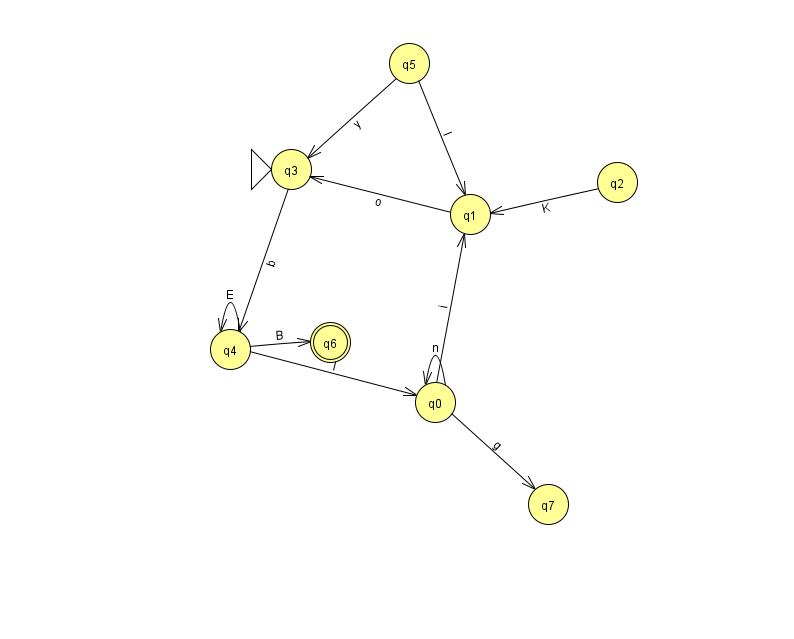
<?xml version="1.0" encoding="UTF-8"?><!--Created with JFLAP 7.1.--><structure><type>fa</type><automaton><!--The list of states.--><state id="0" name="q0"><x>435.0</x><y>389.0</y></state><state id="1" name="q1"><x>470.0</x><y>201.0</y></state><state id="2" name="q2"><x>617.0</x><y>169.0</y></state><state id="3" name="q3"><x>291.0</x><y>156.0</y><initial/></state><state id="4" name="q4"><x>230.0</x><y>336.0</y></state><state id="5" name="q5"><x>409.0</x><y>50.0</y></state><state id="6" name="q6"><x>330.0</x><y>329.0</y><final/></state><state id="7" name="q7"><x>548.0</x><y>491.0</y></state><!--The list of transitions.--><transition><from>1</from><to>3</to><read>o</read></transition><transition><from>4</from><to>0</to><read>I</read></transition><transition><from>5</from><to>3</to><read>y</read></transition><transition><from>4</from><to>4</to><read>E</read></transition><transition><from>2</from><to>1</to><read>K</read></transition><transition><from>0</from><to>1</to><read>i</read></transition><transition><from>3</from><to>4</to><read>b</read></transition><transition><from>4</from><to>6</to><read>B</read></transition><transition><from>0</from><to>7</to><read>g</read></transition><transition><from>5</from><to>1</to><read>I</read></transition><transition><from>0</from><to>0</to><read>n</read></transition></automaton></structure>